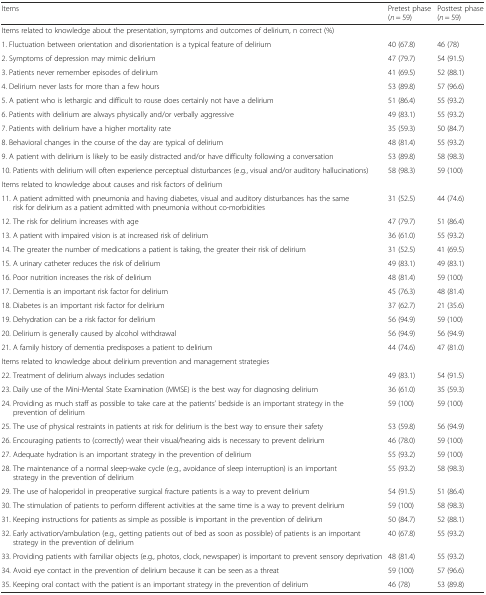
<table><thead><tr><td><b>Items</b></td><td><b>Pretest phase (<i>n</i> = 59)</b></td><td><b>Posttest phase (<i>n</i> = 59)</b></td></tr></thead><tbody><tr><td>Items related to knowledge about the presentation, symptoms and outcomes of delirium, n correct (%)</td><td></td><td></td></tr><tr><td>1. Fluctuation between orientation and disorientation is a typical feature of delirium</td><td>40 (67.8)</td><td>46 (78)</td></tr><tr><td>2. Symptoms of depression may mimic delirium</td><td>47 (79.7)</td><td>54 (91.5)</td></tr><tr><td>3. Patients never remember episodes of delirium</td><td>41 (69.5)</td><td>52 (88.1)</td></tr><tr><td>4. Delirium never lasts for more than a few hours</td><td>53 (89.8)</td><td>57 (96.6)</td></tr><tr><td>5. A patient who is lethargic and difficult to rouse does certainly not have a delirium</td><td>51 (86.4)</td><td>55 (93.2)</td></tr><tr><td>6. Patients with delirium are always physically and/or verbally aggressive</td><td>49 (83.1)</td><td>55 (93.2)</td></tr><tr><td>7. Patients with delirium have a higher mortality rate</td><td>35 (59.3)</td><td>50 (84.7)</td></tr><tr><td>8. Behavioral changes in the course of the day are typical of delirium</td><td>48 (81.4)</td><td>55 (93.2)</td></tr><tr><td>9. A patient with delirium is likely to be easily distracted and/or have difficulty following a conversation</td><td>53 (89.8)</td><td>58 (98.3)</td></tr><tr><td>10. Patients with delirium will often experience perceptual disturbances (e.g., visual and/or auditory hallucinations)</td><td>58 (98.3)</td><td>59 (100)</td></tr><tr><td>Items related to knowledge about causes and risk factors of delirium</td><td></td><td></td></tr><tr><td>11. A patient admitted with pneumonia and having diabetes, visual and auditory disturbances has the same risk for delirium as a patient admitted with pneumonia without co-morbidities</td><td>31 (52.5)</td><td>44 (74.6)</td></tr><tr><td>12. The risk for delirium increases with age</td><td>47 (79.7)</td><td>51 (86.4)</td></tr><tr><td>13. A patient with impaired vision is at increased risk of delirium</td><td>36 (61.0)</td><td>55 (93.2)</td></tr><tr><td>14. The greater the number of medications a patient is taking, the greater their risk of delirium</td><td>31 (52.5)</td><td>41 (69.5)</td></tr><tr><td>15. A urinary catheter reduces the risk of delirium</td><td>49 (83.1)</td><td>49 (83.1)</td></tr><tr><td>16. Poor nutrition increases the risk of delirium</td><td>48 (81.4)</td><td>59 (100)</td></tr><tr><td>17. Dementia is an important risk factor for delirium</td><td>45 (76.3)</td><td>48 (81.4)</td></tr><tr><td>18. Diabetes is an important risk factor for delirium</td><td>37 (62.7)</td><td>21 (35.6)</td></tr><tr><td>19. Dehydration can be a risk factor for delirium</td><td>56 (94.9)</td><td>59 (100)</td></tr><tr><td>20. Delirium is generally caused by alcohol withdrawal</td><td>56 (94.9)</td><td>56 (94.9)</td></tr><tr><td>21. A family history of dementia predisposes a patient to delirium</td><td>44 (74.6)</td><td>47 (81.0)</td></tr><tr><td>Items related to knowledge about delirium prevention and management strategies</td><td></td><td></td></tr><tr><td>22. Treatment of delirium always includes sedation</td><td>49 (83.1)</td><td>54 (91.5)</td></tr><tr><td>23. Daily use of the Mini-Mental State Examination (MMSE) is the best way for diagnosing delirium</td><td>36 (61.0)</td><td>35 (59.3)</td></tr><tr><td>24. Providing as much staff as possible to take care at the patients’ bedside is an important strategy in the prevention of delirium</td><td>59 (100)</td><td>59 (100)</td></tr><tr><td>25. The use of physical restraints in patients at risk for delirium is the best way to ensure their safety</td><td>53 (59.8)</td><td>56 (94.9)</td></tr><tr><td>26. Encouraging patients to (correctly) wear their visual/hearing aids is necessary to prevent delirium</td><td>46 (78.0)</td><td>59 (100)</td></tr><tr><td>27. Adequate hydration is an important strategy in the prevention of delirium</td><td>55 (93.2)</td><td>59 (100)</td></tr><tr><td>28. The maintenance of a normal sleep-wake cycle (e.g., avoidance of sleep interruption) is an important strategy in the prevention of delirium</td><td>55 (93.2)</td><td>58 (98.3)</td></tr><tr><td>29. The use of haloperidol in preoperative surgical fracture patients is a way to prevent delirium</td><td>54 (91.5)</td><td>51 (86.4)</td></tr><tr><td>30. The stimulation of patients to perform different activities at the same time is a way to prevent delirium</td><td>59 (100)</td><td>58 (98.3)</td></tr><tr><td>31. Keeping instructions for patients as simple as possible is important in the prevention of delirium</td><td>50 (84.7)</td><td>52 (88.1)</td></tr><tr><td>32. Early activation/ambulation (e.g., getting patients out of bed as soon as possible) of patients is an important strategy in the prevention of delirium</td><td>40 (67.8)</td><td>55 (93.2)</td></tr><tr><td>33. Providing patients with familiar objects (e.g., photos, clock, newspaper) is important to prevent sensory deprivation</td><td>48 (81.4)</td><td>55 (93.2)</td></tr><tr><td>34. Avoid eye contact in the prevention of delirium because it can be seen as a threat</td><td>59 (100)</td><td>57 (96.6)</td></tr><tr><td>35. Keeping oral contact with the patient is an important strategy in the prevention of delirium</td><td>46 (78)</td><td>53 (89.8)</td></tr></tbody></table>